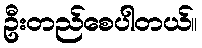
ဦးတည်စေပါတယ်။